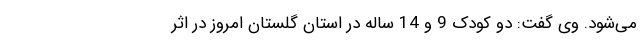
می‌شود. وی گفت: دو کودک 9 و 14 ساله در استان گلستان امروز در اثر